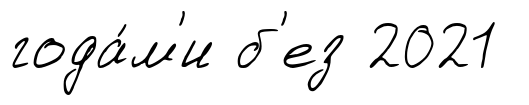
года́м'и б'ез 2021